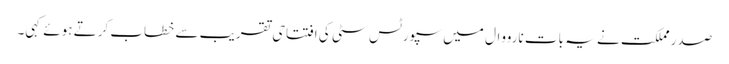
صدر مملکت نے یہ بات نارووال میں سپورٹس سٹی کی افتتاحی تقریب سے خطاب کرتے ہوئے کہی۔